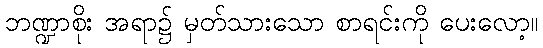
ဘဏ္ဍာစိုး အရာ၌ မှတ်သားသော စာရင်းကို ပေးလော့။